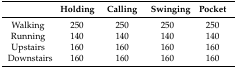
<table><thead><tr><td></td><td><b>Holding</b></td><td><b>Calling</b></td><td><b>Swinging</b></td><td><b>Pocket</b></td></tr></thead><tbody><tr><td>Walking</td><td>250</td><td>250</td><td>250</td><td>250</td></tr><tr><td>Running</td><td>140</td><td>140</td><td>140</td><td>140</td></tr><tr><td>Upstairs</td><td>160</td><td>160</td><td>160</td><td>160</td></tr><tr><td>Downstairs</td><td>160</td><td>160</td><td>160</td><td>160</td></tr></tbody></table>